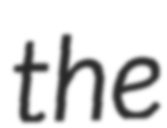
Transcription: the